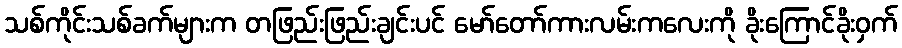
သစ်ကိုင်းသစ်ခက်များက တဖြည်းဖြည်းချင်းပင် မော်တော်ကားလမ်းကလေးကို ခိုးကြောင်ခိုးဝှက်